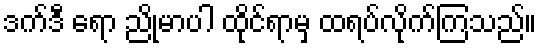
ဒက်ဒီ ရော ညိုမာပါ ထိုင်ရာမှ ထရပ်လိုက်ကြသည်။